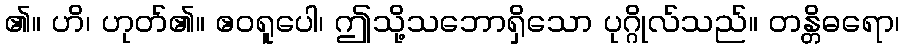
၏။ ဟိ၊ ဟုတ်၏။ ဧဝရူပေါ၊ ဤသို့သဘောရှိသော ပုဂ္ဂိုလ်သည်။ တန္တိဓရော၊